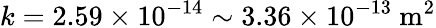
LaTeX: k=2.59\times 10^{-14}\sim 3.36\times 10^{-13}\ \mathrm{m^{2}}